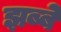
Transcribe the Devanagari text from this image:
झब्बे